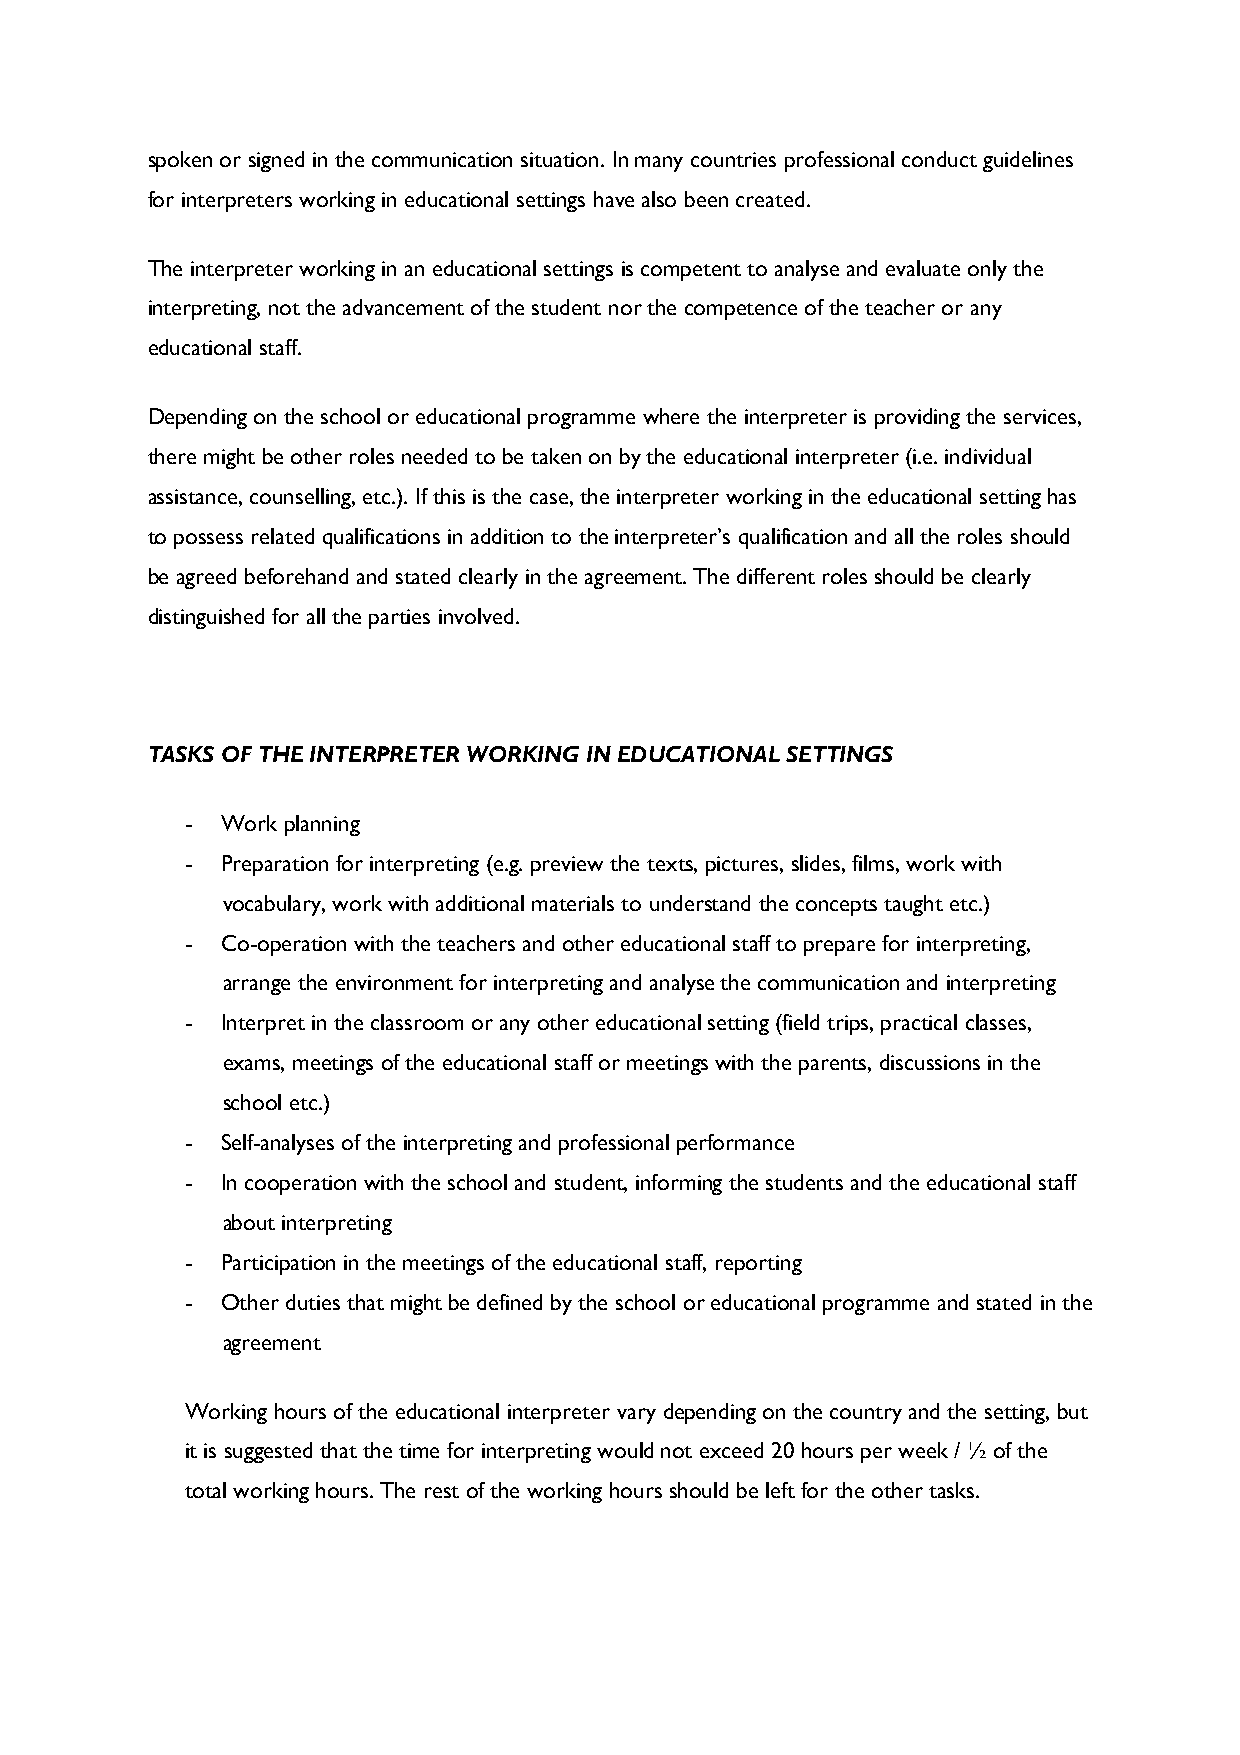
spoken or signed in the communication situation. In many countries professional conduct guidelines
 for interpreters working in educational settings have also been created.
 The interpreter working in an educational settings is competent to analyse and evaluate only the
 interpreting, not the advancement of the student nor the competence of the teacher or any
 educational staff.
 Depending on the school or educational programme where the interpreter is providing the services,
 there might be other roles needed to be taken on by the educational interpreter (i.e. individual
 assistance, counselling, etc.). If this is the case, the interpreter working in the educational setting has
 to possess related qualifications in addition to the interpreter’s qualification and all the roles should
 be agreed beforehand and stated clearly in the agreement. The different roles should be clearly
 distinguished for all the parties involved.
 TASKS OF THE INTERPRETER WORKING IN EDUCATIONAL SETTINGS
 -  Work planning
 -  Preparation for interpreting (e.g. preview the texts, pictures, slides, films, work with
 vocabulary, work with additional materials to understand the concepts taught etc.)
 -  Co-operation with the teachers and other educational staff to prepare for interpreting,
 arrange the environment for interpreting and analyse the communication and interpreting
 -  Interpret in the classroom or any other educational setting (field trips, practical classes,
 exams, meetings of the educational staff or meetings with the parents, discussions in the
 school etc.)
 -  Self-analyses of the interpreting and professional performance
 -  In cooperation with the school and student, informing the students and the educational staff
 about interpreting
 -  Participation in the meetings of the educational staff, reporting
 -  Other duties that might be defined by the school or educational programme and stated in the
 agreement
 Working hours of the educational interpreter vary depending on the country and the setting, but
 it is suggested that the time for interpreting would not exceed 20 hours per week / ½ of the
 total working hours. The rest of the working hours should be left for the other tasks.